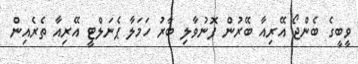
ވީބީގެ ބެންޖޯ އޭރިއާ ބޭރުން ފޮނުވާލި ބާރު ހަމަލާ ޕެނަލްޓީ އޭރިއާ ތެރެއިން